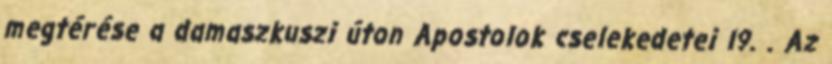
megtérése a damaszkuszi úton Apostolok cselekedetei l9. . Az